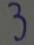
3